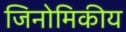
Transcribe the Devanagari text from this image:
जिनोमिकीय